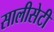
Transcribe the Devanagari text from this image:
सालीसेटी